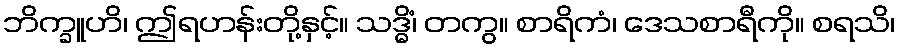
ဘိက္ခူဟိ၊ ဤရဟန်းတို့နှင့်။ သဒ္ဓိံ၊ တကွ။ စာရိကံ၊ ဒေသစာရီကို။ စရသိ၊